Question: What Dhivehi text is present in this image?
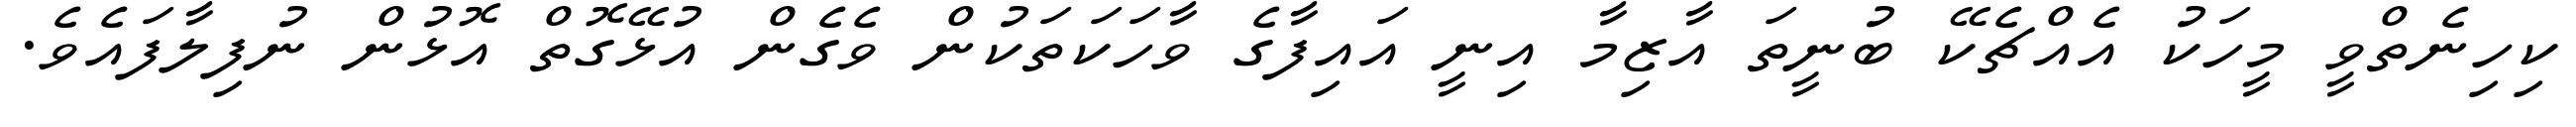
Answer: ކިހިނެތްވީ މީހަކު އެއްޗެކޭ ބުނީތަ އާޒިމާ އިނީ އައިފާގެ ވާހަކަތަކުން ވެގެން އުޅޭގޮތް އޮޅުން ނުފިލާފައެވެ.